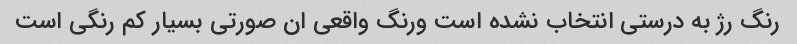
رنگ‌ رژ به درستی انتخاب نشده است و‌رنگ واقعی ان‌‌ صورتی بسیار کم رنگی است